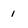
Character: 1